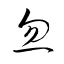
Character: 忽